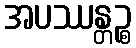
အပဿန္တဉ္စ